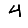
Digit: 4